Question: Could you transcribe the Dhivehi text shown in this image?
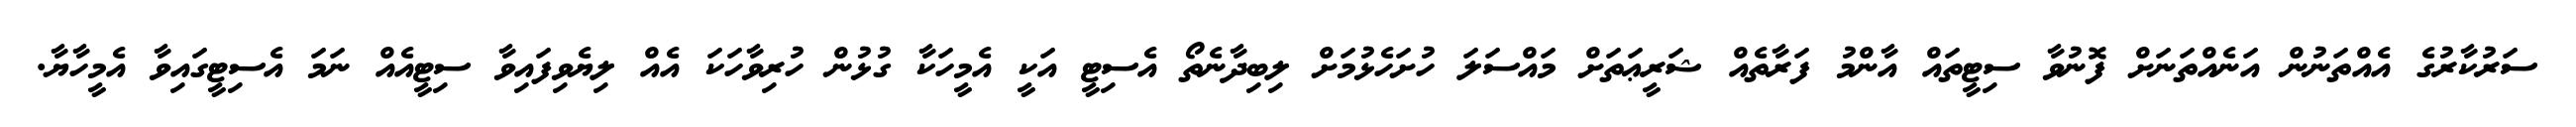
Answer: ސަރުކާރުގެ އެއްތަނުން އަނެއްތަނަށް ފޮނުވާ ސިޓީތައް އާންމު ފަރާތެއް ޝަރީޢަތަށް މައްސަލަ ހުށަހެޅުމަށް ލިބިދާނެތޯ އެސިޓީ އަކީ އެމީހަކާ ގުޅުން ހުރިވާހަކަ އެއް ލިޔެވިފައިވާ ސިޓީއެއް ނަމަ އެސިޓީގައިވާ އެމީހާޔާ.